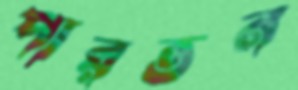
পারতন